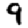
Digit: 9